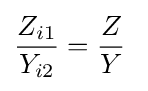
{\frac {Z_{i1}}{Y_{i2}}}={\frac {Z}{Y}}~